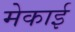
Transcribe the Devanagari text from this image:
मेकाई